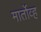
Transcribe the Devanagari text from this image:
मार्तोव्ह